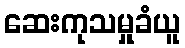
ဆေးကုသမှုခံယူ